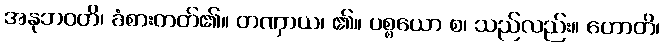
အနုဘဝတိ၊ ခံစားတတ်၏။ တဏှာယ၊ ၏။ ပစ္စယော စ၊ သည်လည်း။ ဟောတိ၊